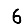
Digit: 6